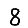
Digit: 8